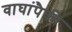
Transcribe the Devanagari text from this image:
वाघांपैकी